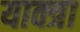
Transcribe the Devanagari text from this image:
याक्त्रा